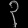
Digit: ၃